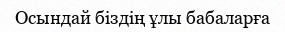
Осындай біздің ұлы бабаларға